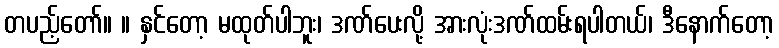
တပည့်တော်။ ။ နှင်တော့ မထုတ်ပါဘူး၊ ဒဏ်ပေးလို့ အားလုံးဒဏ်ထမ်းရပါတယ်၊ ဒီနောက်တော့